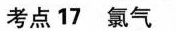
考点17氯气